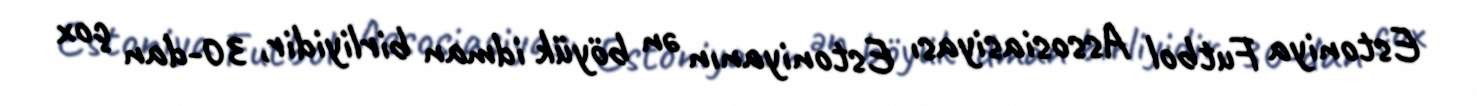
Estoniya Futbol Assosiasiyası Estoniyanın ən böyük idman birliyidir, 30-dan çox